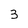
Character: 3